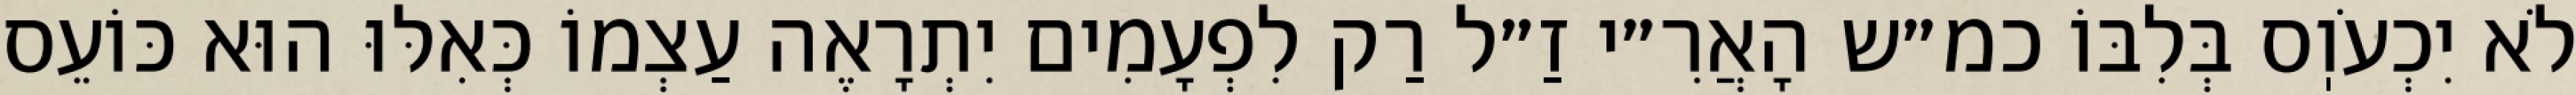
לֹא יִכְעֹוֽס בְּלִבּוֹ כמ״ש הָאֲרִ״י זַ״ל רַק לִפְעָמִים יִתְרָאֶה עַצְמוֹ כְּאִלּוּ הוּא כּוֹעֵס